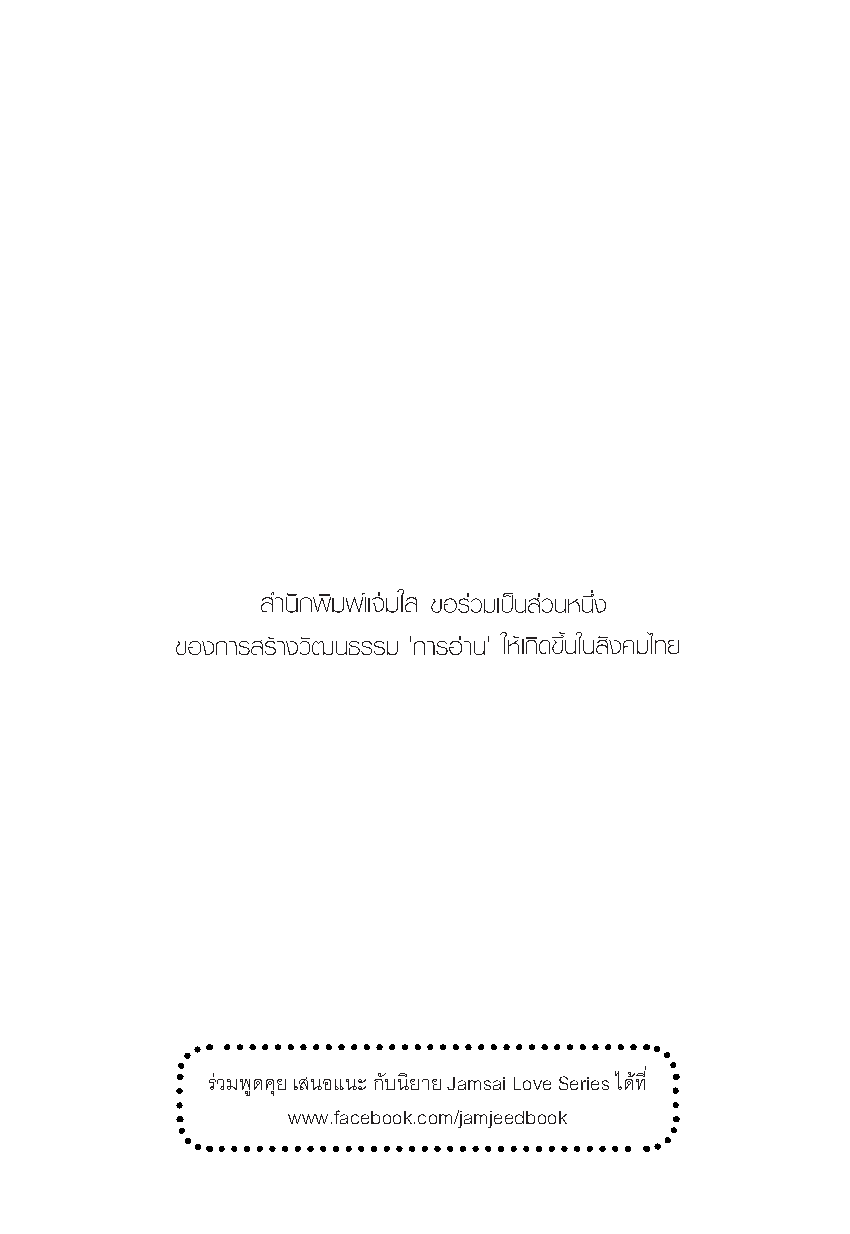
ร่วมพูดคุย เสนอแนะ กับนิยาย Jamsai Love Series ได้ที่
 www.facebook.com/jamjeedbook
 Pre Mission Complete.indd 1                     5/3/2563 BE 14:50